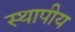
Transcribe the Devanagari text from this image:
स्थापीय